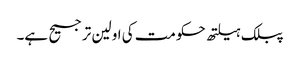
پبلک ہیلتھ حکومت کی اولین ترجیح ہے۔